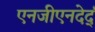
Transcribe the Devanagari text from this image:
एनजीएनदेर्द्